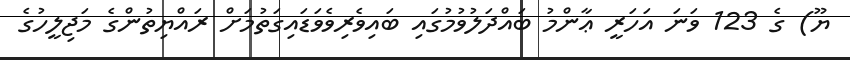
ޔޫ) ގެ 123 ވަނަ އަހަރީ ޢާންމު ބައްދަލުވުމުގައި ބައިވެރިވެވަޑައިގަތުމަށް ރައްޔިތުންގެ މަޖިލީހުގެ